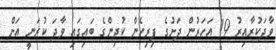
ވާދަކުރާއިރު 19 އަހަރުން ދަށުގެ ފިރިހެން ކުދިންގެ ބައިގައި ވާދަ ކުރަނީ އަށް